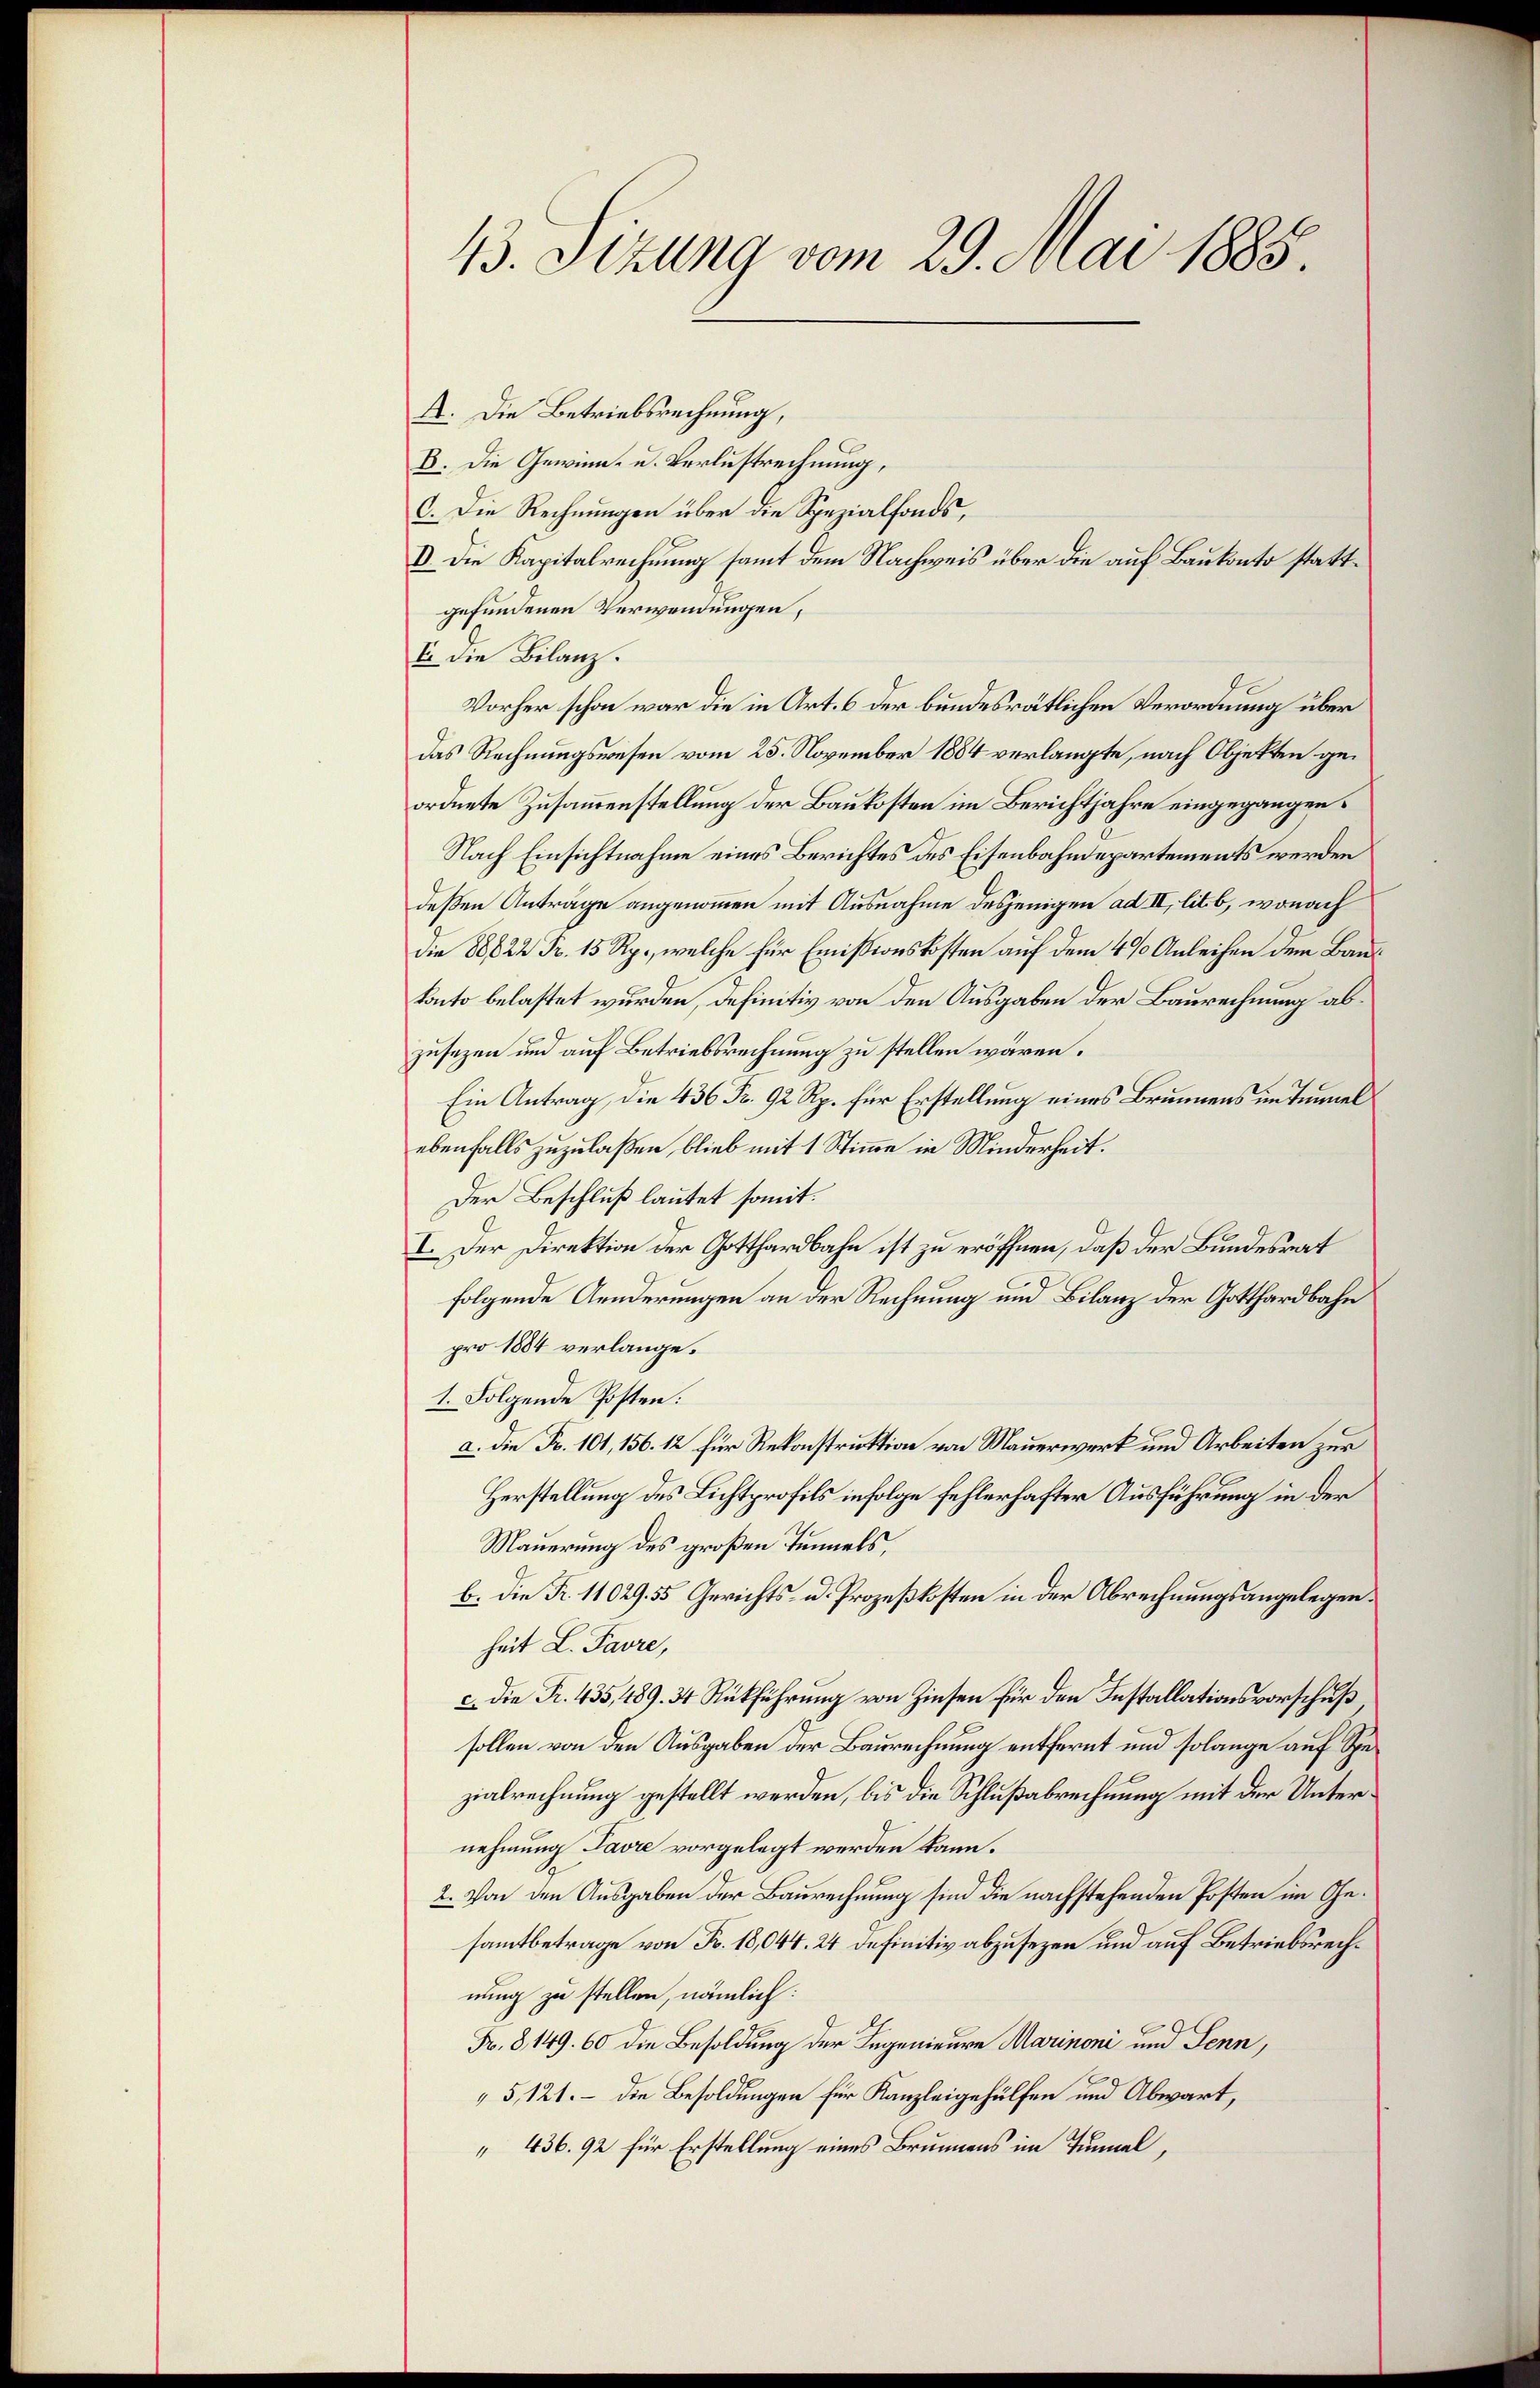
43. Sizung vom 29. Mai 1885.

X. Die Betriebsrechnung,
B. Die Gewinn- u. Verlustrechnung,
C. Die Rechnungen über die Spezialfonds,
I. Die Kapitalrechnung samt dem Nachweis über die auf Baukonto stattgefundenen Verwendungen,
Er die Bilanz.
Vorher schon war die in Art. 6 der bundesrätlichen Verordnung über
das Rechnungswesen vom 25. November 1884 verlangte, nach Objekten geordnete Zusammenstellung der Baukosten im Berichtjahre eingegangen.
Nach Einsichtnahme eines Berichtes des Eisenbahndepartements werden
deßen Anträge angenommen mit Ausnahme desjenigen ad II, lit. b, wonach
die 88822 Fr. 15 Rp., welche für Emissionskosten auf dem 4% Anleihen dem Baus
konto belastet wurden, definitiv von den Ausgaben der Baurechnung abzusezen und auf Betriebsrechnung zu stellen wären.
Ein Antrag, die 436 Fr. 92 Rp. für Erstellung eines Brunnens im Tunnel
ebenfalls zuzulaßen, blieb mit 1 Stimme in Minderheit.
Der Beschluß lautet somit.
I. Der Direktion der Gotthardbahn ist zu eröffnen, daß der Bundesrat
folgende Aenderungen an der Rechnung und Bilanz der Gotthardbahn
pro 1884 verlange.
1. Folgende Posten.
a. Die Fr. 101, 156. 12 für Rekonstruktion von Mauerwerk und Arbeiten zur
Herstellung des Lichtprofils infolge fehlerhafter Ausführung in der
Mauerung des großen Tunnels,
b. Die Fr. 11029. 55 Gerichts- u. Prozeßkosten in der Abrechnungsangelegenheit L. Favre,
c. Die Fr. 435,489. 34 Rückführung von Zinsen für den Installationsvorschuß
sollen von den Ausgaben der Baurechnung entfernt und solange auf Spezialrechnung gestellt werden, bis die Schlußabrechnung mit der Unternehmung Favre vorgelegt werden kann.
2. Von den Ausgaben der Baurechnung sind die nachstehenden Posten im Gesamtbetrage von Fr. 18,044. 24 definitiv abzusezen und auf Betriebsrechnung zu stellen, nämlich:
Fr. 8149. 60 die Besoldung der Regenieure Marinoni und Senn,
5, 121. - die Besoldungen für Kanzleigehülfen und Abwart,
 436. 92 für Erstellung eines Brunnens im Tunnel,